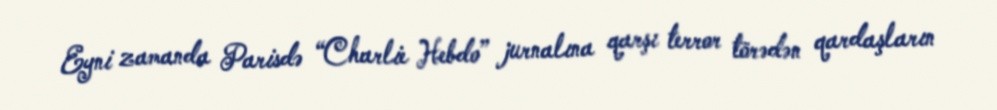
Eyni zamanda Parisdə “Charlie Hebdo” jurnalına qarşı terror törədən qardaşların